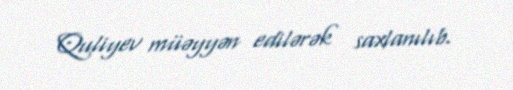
Quliyev müəyyən edilərək saxlanılıb.